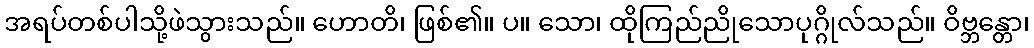
အရပ်တစ်ပါသို့ဖဲသွားသည်။ ဟောတိ၊ ဖြစ်၏။ ပ။ သော၊ ထိုကြည်ညိုသောပုဂ္ဂိုလ်သည်။ ဝိဗ္ဘန္တော၊